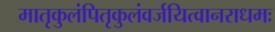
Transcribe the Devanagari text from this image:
मातृकुलंपितृकुलंवर्जयित्वानराधमः